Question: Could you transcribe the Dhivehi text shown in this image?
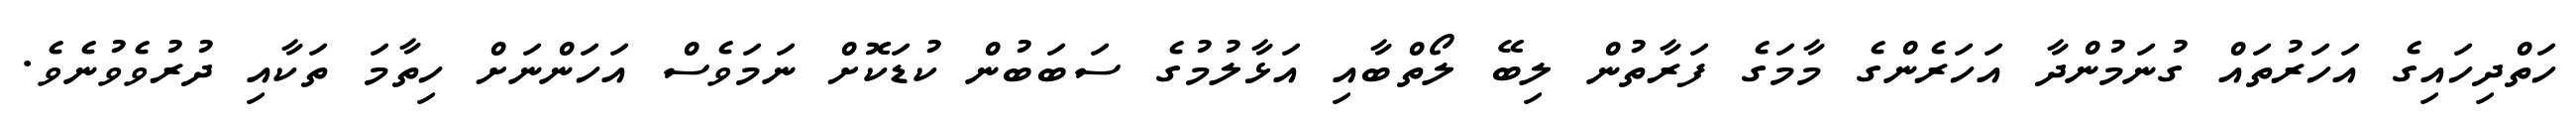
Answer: ހަތްދިހައިގެ އަހަރުތައް ގުނަމުންދާ އަހަރެންގެ މާމަގެ ފަރާތުން ލިބޭ ލޯތްބާއި އަޅާލުމުގެ ސަބަބުން ކުޑަކޮށް ނަމަވެސް އަހަންނަށް ހިތާމަ ތަކާއި ދުރުވެވުނެވެ.